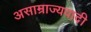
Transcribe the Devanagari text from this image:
असाम्राज्यवादी